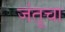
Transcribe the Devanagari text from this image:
जंतूचा